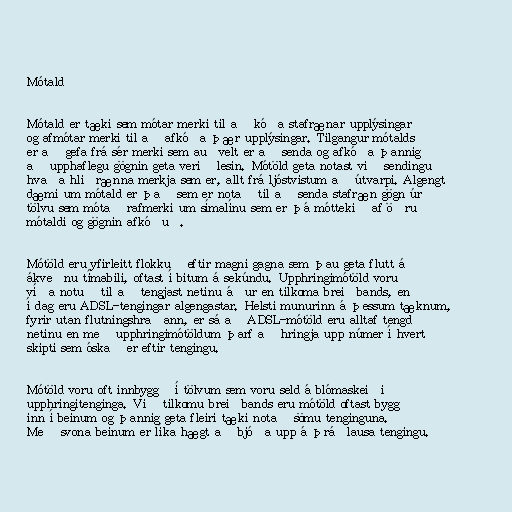
Mótald

Mótald er tæki sem mótar merki til að kóða stafrænar upplýsingar
og afmótar merki til að afkóða þær upplýsingar. Tilgangur mótalds
er að gefa frá sér merki sem auðvelt er að senda og afkóða þannig
að upphaflegu gögnin geta verið lesin. Mótöld geta notast við sendingu
hvaða hliðrænna merkja sem er, allt frá ljóstvistum að útvarpi. Algengt
dæmi um mótald er það sem er notað til að senda stafræn gögn úr
tölvu sem mótað rafmerki um símalínu sem er þá móttekið af öðru
mótaldi og gögnin afkóðuð.

Mótöld eru yfirleitt flokkuð eftir magni gagna sem þau geta flutt á
ákveðnu tímabili, oftast í bitum á sekúndu. Upphringimótöld voru
víða notuð til að tengjast netinu áður en tilkoma breiðbands, en
í dag eru ADSL-tengingar algengastar. Helsti munurinn á þessum tæknum,
fyrir utan flutningshraðann, er sá að ADSL-mótöld eru alltaf tengd
netinu en með upphringimótöldum þarf að hringja upp númer í hvert
skipti sem óskað er eftir tengingu.

Mótöld voru oft innbyggð í tölvum sem voru seld á blómaskeiði
upphringitenginga. Við tilkomu breiðbands eru mótöld oftast byggð
inn í beinum og þannig geta fleiri tæki notað sömu tenginguna.
Með svona beinum er líka hægt að bjóða upp á þráðlausa tengingu.